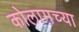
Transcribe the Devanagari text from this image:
कोलामच्या